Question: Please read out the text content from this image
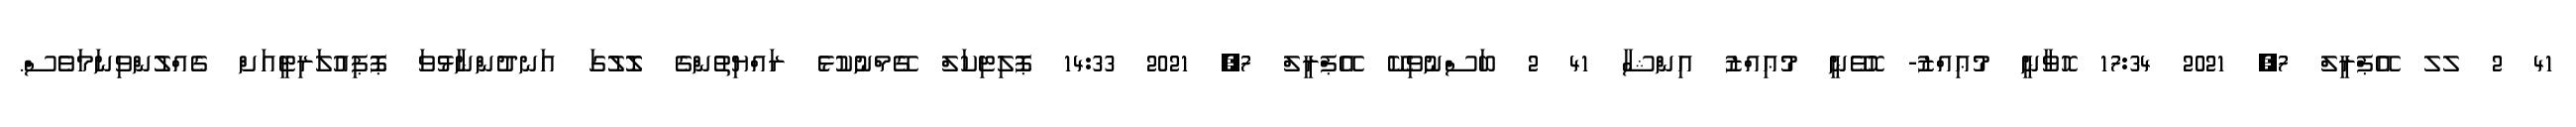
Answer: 41 2 ލލ އޭޕްރީލް 7, 2021 17:34 ހޮވާނީ މުޢިއްޒު- ހޮވޭނީ މުޢިއްޒު އިންޝާ 41 2 ބަސްނުވިކޭ އޭޕްރީލް 7, 2021 14:33 ޕޮލިޓިކަލް ގޭމްނުކުޅެ ރައްޔިތުންގެ ލޮލުގަ އަނދުންނާޅުވަ ޕޮޕިއުލަރިޓީއަށް ގެއްލުންވިނަމަވެސް.